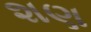
શણ